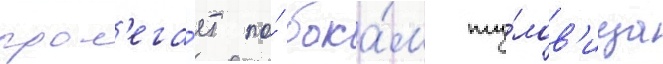
прол'ега́ет по́ бока́м ту́лов'ища